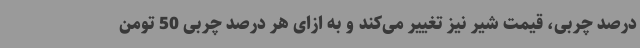
درصد چربی، قیمت شیر نیز تغییر می‌کند و به ازای هر درصد چربی 50 تومن